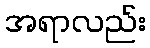
အရာလည်း